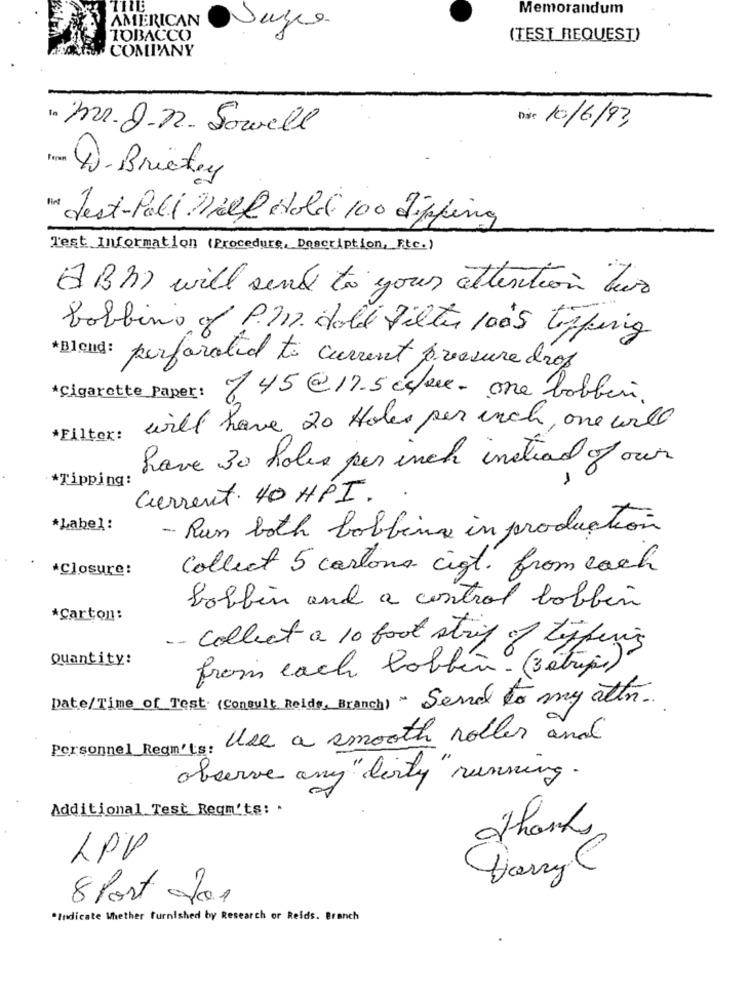
THE
Memorandum
AMERICAN
TOBACCO
(TEST REQUEST)
COMPANY
1º 312.2-72. Sowell
Die 10/6/93
From 4)- Brickey
I Jest-Poll Will Hold 100 dipping
Test Information (Procedure, Description, Etc.)
(ABM) will send to your attention two
babbino of P.M. doll Filter 100's tosfing
*Blend: perforated to current pressure drop
*Cigarette Paper: 745@17.5 cfee- one bobbin
will have 20 Holes per inch, one will
*Filter:
have 30 holes per inch instead of our
*Tipping:
Current. 40 HPI.
*Label:
-Run both bobbing in production
*Closure:
Collect 5 cartons cigt. from each
bobbin and a control bobbin
*Carton:
-- collect a 10 foot strip of tiparis
Quantity:
from each bobbin? (Bebrej)
Date/Time of Test (Consult Reids, Branch) ~ Send to my attn.
Personnel Regn's: Use a smooth roller and
observe any "dirty"running.
Additional Test Regn'ts: -
Thanks
LPP
8 Post dos
*Indicate Whether furnished by Research or Reids. Branch